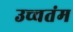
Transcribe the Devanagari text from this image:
उच्चतंम